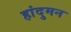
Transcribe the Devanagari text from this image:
हांदुमन